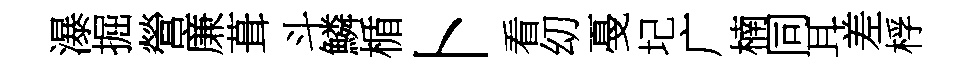
瀑掘營廉葺斗鱗楯卜看㓜戞圮广楠同耳差桴